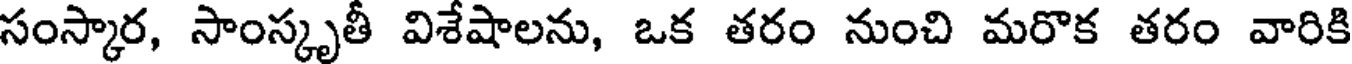
సంస్కార, సాంస్కృతీ విశేషాలను, ఒక తరం నుంచి మరొక తరం వారికి